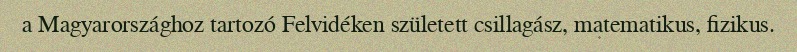
a Magyarországhoz tartozó Felvidéken született csillagász, matematikus, fizikus.